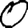
Digit: 0